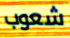
شعوب